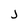
Character: j